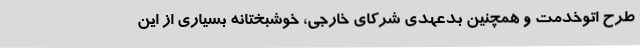
طرح اتوخدمت و همچنین بدعهدی شرکای خارجی، خوشبختانه بسیاری از این